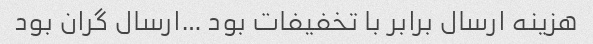
هزینه ارسال برابر با تخفیفات بود …ارسال گران بود